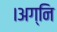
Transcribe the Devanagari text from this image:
।अग्नि